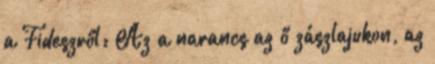
a Fideszről: Az a narancs az ő zászlajukon, az